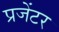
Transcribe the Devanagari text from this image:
प्रजेंटर